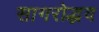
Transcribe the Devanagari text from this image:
सागरोद्भव